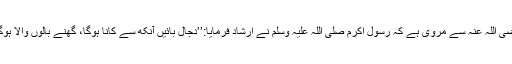
دجال پراگندہ بال ہو گا:حذیفہ بن یمان رضی اللہ عنہ سے مروی ہے کہ رسول اکرم صلی اللہ علیہ وسلم نے ارشاد فرمایا:’’دجال بائیں آنکھ سے کانا ہوگا، گھنے بالوں والا ہوگا اور اس کے ساتھ جنت اور جہنم ہوگی۔